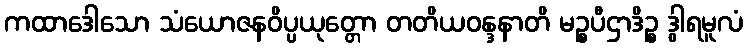
ကထာဒေါသော သံယောဇနဝိပ္ပယုတ္တော တတိယဝန္ဒနာတိ မဉ္စပီဌာဒိဉ္စ ဒွါရမူလံ